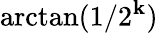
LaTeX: \arctan(1/2^{\mathbf{k}})